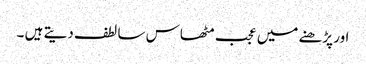
اور پڑھنے میں عجب مٹھاس سا لطف دیتے ہیں ۔